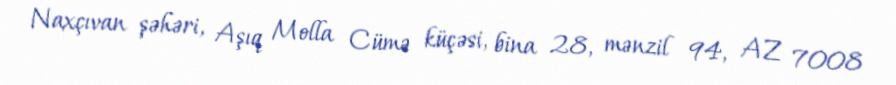
Naxçıvan şəhəri, Aşıq Molla Cümə küçəsi, bina 28, mənzil 94, AZ 7008